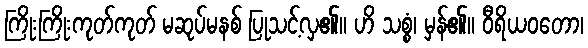
ကြိုးကြိုးကုတ်ကုတ် မဆုပ်မနစ် ပြုသင့်လှ၏။ ဟိ သစ္စံ၊ မှန်၏။ ဝီရိယဝတော၊